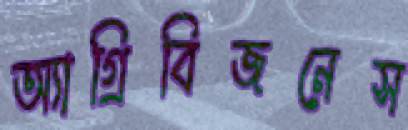
অ্যাগ্রিবিজনেস